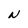
Character: N